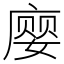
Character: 𫷾